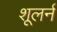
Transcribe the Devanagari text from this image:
शूलर्न